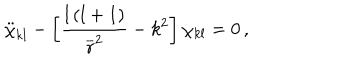
\ddot { \chi } _ { k l } - \left[ \frac { l \left( l + 1 \right) } { \overline { { r } } ^ { 2 } } - k ^ { 2 } \right] \chi _ { k l } = 0 \, ,